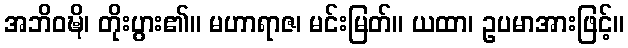
အဘိဝဍ္ဎိ၊ တိုးပွား၏။ မဟာရာဇ၊ မင်းမြတ်။ ယထာ၊ ဥပမာအားဖြင့်။